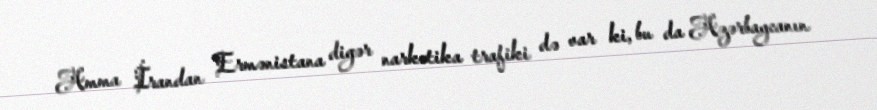
Amma İrandan Ermənistana digər narkotika trafiki də var ki, bu da Azərbaycanın